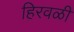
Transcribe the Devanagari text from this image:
हिरवळी